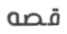
قصه